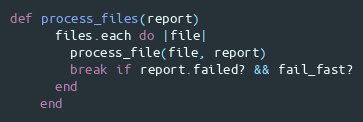
Language: Ruby
def process_files(report)
      files.each do |file|
        process_file(file, report)
        break if report.failed? && fail_fast?
      end
    end